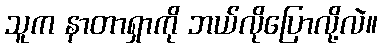
သူက နာတာရှာကို ဘယ်လိုပြောလို့လဲ။